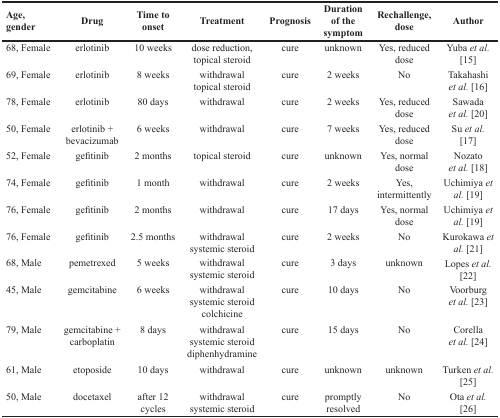
| Age, gender | Drug | Time to onset | Treatment | Prognosis | Duration of the symptom | Rechallenge, dose | Author |
 | --- | --- | --- | --- | --- | --- | --- | --- |
 | 68, Female | erlotinib | 10 weeks | dose reduction, topical steroid | cure | unknown | Yes, reduced dose | Yuba et al. [15] |
 | 69, Female | erlotinib | 8 weeks | withdrawal topical steroid | cure | 2 weeks | No | Takahashi et al. [16] |
 | 78, Female | erlotinib | 80 days | withdrawal | cure | 2 weeks | Yes, reduced dose | Sawada et al. [20] |
 | 50, Female | erlotinib + bevacizumab | 6 weeks | withdrawal | cure | 7 weeks | Yes, reduced dose | Su et al. [17] |
 | 52, Female | gefitinib | 2 months | topical steroid | cure | unknown | Yes, normal dose | Nozato et al. [18] |
 | 74, Female | gefitinib | 1 month | withdrawal | cure | 2 weeks | Yes, intermittently | Uchimiya et al. [19] |
 | 76, Female | gefitinib | 2 months | withdrawal | cure | 17 days | Yes, normal dose | Uchimiya et al. [19] |
 | 76, Female | gefitinib | 2.5 months | withdrawal systemic steroid | cure | 2 weeks | No | Kurokawa et al. [21] |
 | 68, Male | pemetrexed | 5 weeks | withdrawal systemic steroid | cure | 3 days | unknown | Lopes et al. [22] |
 | 45, Male | gemcitabine | 6 weeks | withdrawal systemic steroid colchicine | cure | 10 days | No | Voorburg et al. [23] |
 | 79, Male | gemcitabine + carboplatin | 8 days | withdrawal systemic steroid diphenhydramine | cure | 15 days | No | Corella et al. [24] |
 | 61, Male | etoposide | 10 days | withdrawal | cure | unknown | unknown | Turken et al. [25] |
 | 50, Male | docetaxel | after 12 cycles | withdrawal systemic steroid | cure | promptly resolved | No | Ota et al. [26] |